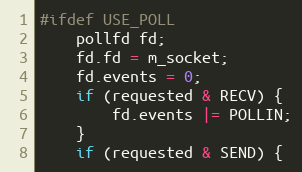
Language: C++
#ifdef USE_POLL
    pollfd fd;
    fd.fd = m_socket;
    fd.events = 0;
    if (requested & RECV) {
        fd.events |= POLLIN;
    }
    if (requested & SEND) {